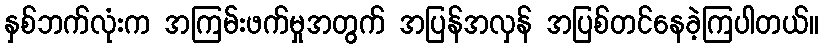
နှစ်ဘက်လုံးက အကြမ်းဖက်မှုအတွက် အပြန်အလှန် အပြစ်တင်နေခဲ့ကြပါတယ်။